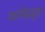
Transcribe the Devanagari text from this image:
कर्मप्रवृत्त